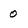
Character: 0